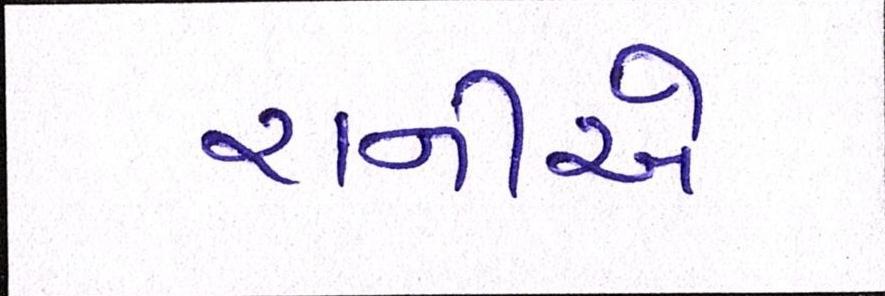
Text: રાનીએ